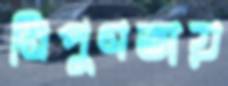
নিপুণতায়